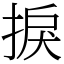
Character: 捩